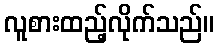
လူစားထည့်လိုက်သည်။